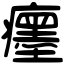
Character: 癦